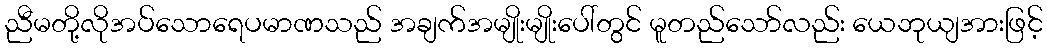
ညီမတို့လိုအပ်သောရေပမာဏသည် အချက်အမျိုးမျိုးပေါ်တွင် မူတည်သော်လည်း ယေဘုယျအားဖြင့်